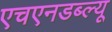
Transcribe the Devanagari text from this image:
एचएनडब्ल्यू